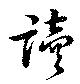
讀